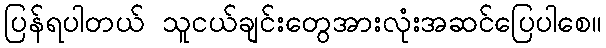
ပြန်ရပါတယ် သူငယ်ချင်းတွေအားလုံးအဆင်ပြေပါစေ။